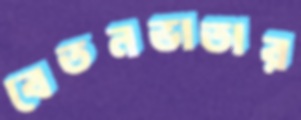
বেতনভাতার